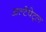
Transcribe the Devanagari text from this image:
अल्टेपेट्ल